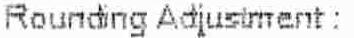
ROUNDING ADJUSTMENT :